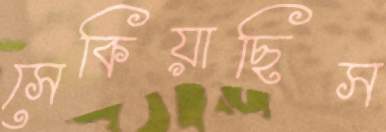
সেকিয়াছিস